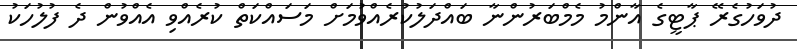
ދުވަހުގެރޭ ޕާޓީގެ އާންމު މެމްބަރުންނާ ބައްދަލުކުރެއްވުމަށް މަސައްކަތް ކުރެއްވި އެއްވުން ދެ ފުލުހަކު